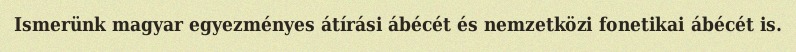
Ismerünk magyar egyezményes átírási ábécét és nemzetközi fonetikai ábécét is.